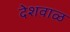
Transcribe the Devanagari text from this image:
देशवाळ